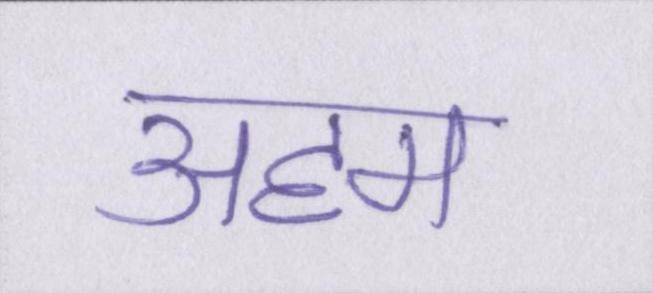
अहम